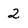
Character: 2